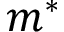
m ^ { * }